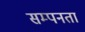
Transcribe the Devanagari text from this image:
सम्पनता